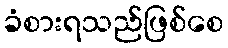
ခံစားရသည်ဖြစ်စေ